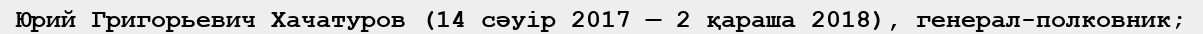
Юрий Григорьевич Хачатуров (14 сәуір 2017 — 2 қараша 2018), генерал-полковник;